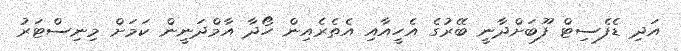
އަދި ޑެފެސިޓް ފޫބަށްދާނީ ބޭރުގެ އެހީއާއި އެތެރެއިން ހޯދާ އާމްދަނީން ކަމަށް މިނިސްޓަރު